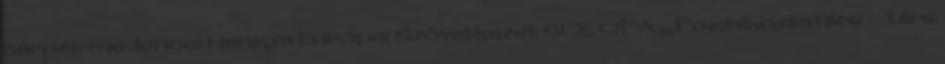
Kárpát-medencei Hangya Európai Szövetkezet SCE OFA „FoglalkoztaTárs – Társ